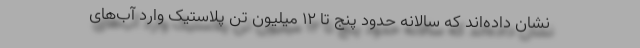
نشان داده‌اند که سالانه حدود پنج تا ۱۲ میلیون تن پلاستیک وارد آب‌های